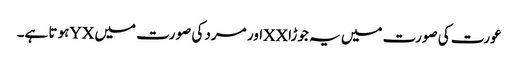
عورت کی صورت میں یہ جوڑا XXاور مرد کی صورت میں YXہوتا ہے۔